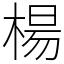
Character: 楊